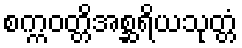
စက္ကဝတ္တိအစ္ဆရိယသုတ္တံ